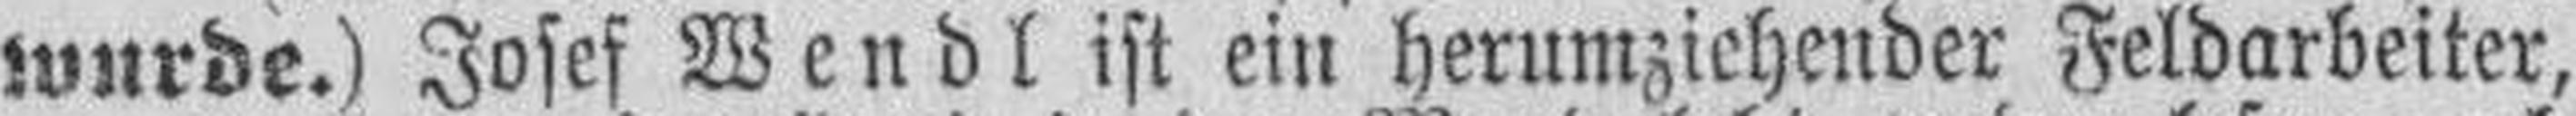
wurde.) Josef Wendl ist ein herumziehender Feldarbeiter,